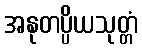
အနုတပ္ပိယသုတ္တံ